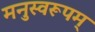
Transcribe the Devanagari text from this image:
मनुस्वरूपम्